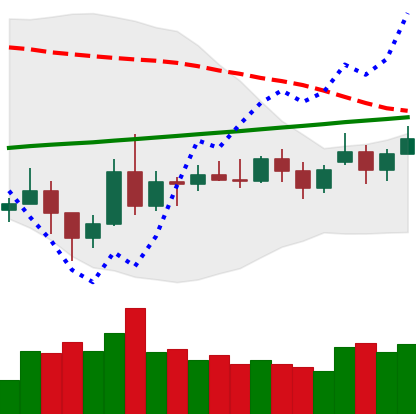
Ticker: NEO-USD
Chart end date: 2020-11-20
Forward return: 19.148%
Label: up_7plus